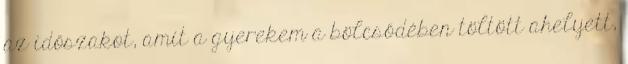
az időszakot, amit a gyerekem a bölcsődében töltött ahelyett,